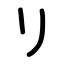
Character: リ